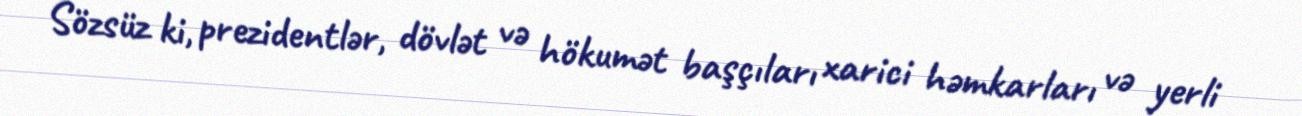
Sözsüz ki, prezidentlər, dövlət və hökumət başçıları xarici həmkarları və yerli